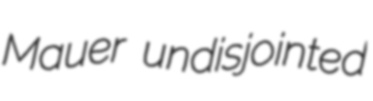
Mauer undisjointed